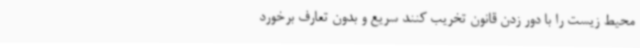
محیط زیست را با دور زدن قانون تخریب کنند سریع و بدون تعارف برخورد